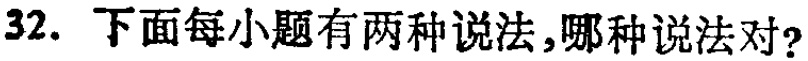
32. 下面每小题有两种说法,哪种说法对?